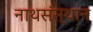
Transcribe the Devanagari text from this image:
नाथसंस्थान